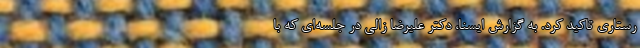
رستاری تاکید کرد. به گزارش ایسنا، دکتر علیرضا زالی در جلسه‌ای که با